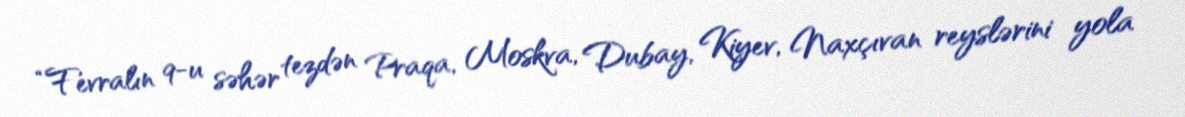
“Fevralın 9-u səhər tezdən Praqa, Moskva, Dubay, Kiyev, Naxçıvan reyslərini yola